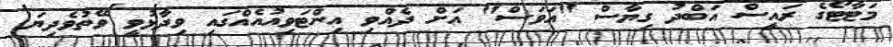
މަޓާޓޯގެ ރައީސް އަބްދު ގިޔާސް "އަވަސް" އަށް ދެއްވި އިންޓަވިއުއެއްގައި ވިދާޅުވީ ވޭތުވެދިޔަ